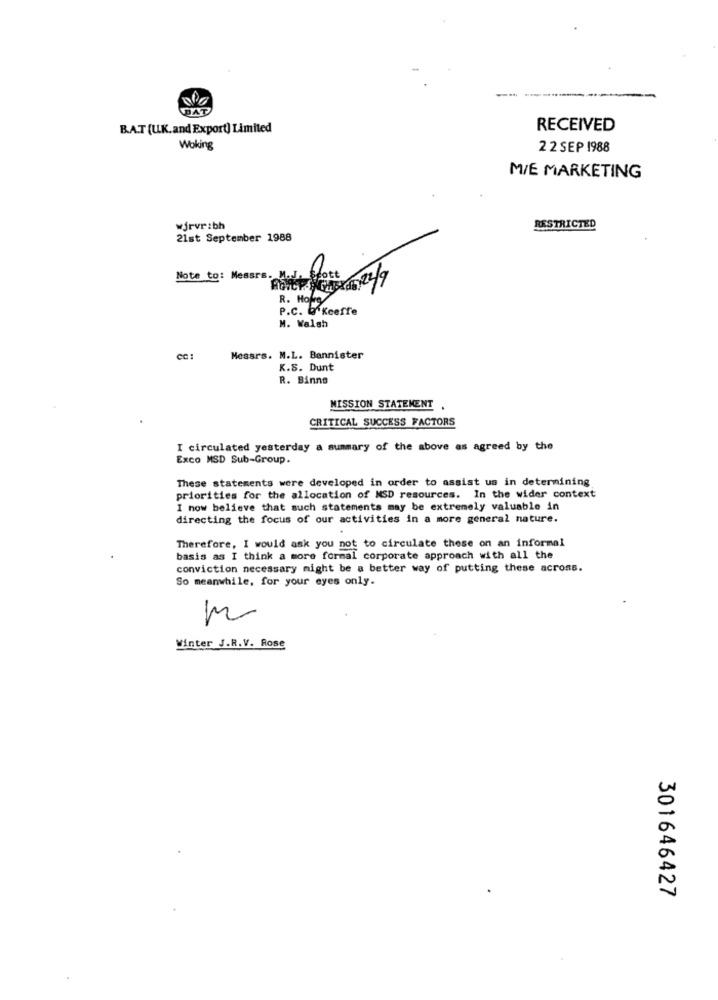
B.A.T (U.K.and Export) Limited
RECEIVED
Woking
2 2 SEP 1988
M/E MARKETING
wjrvr:bh
RESTRICTED
21st September 1988
Note to: Messrs. M.J.
WAGABY.6 249
Scott
R. Hope
P.C. O'keeffe
M. Walsh
Messrs. M.L. Bannister
K.S. Dunt
R. Binno
MISSION STATEMENT
CRITICAL SUCCESS FACTORS
I circulated yesterday a summary of the above as agreed by the
Exco MSD Sub-Group.
These statements were developed in order to assist us in determining
priorities for the allocation of NSD resources. In the wider context
I now believe that such statements may be extremely valuable in
directing the focus of our activities in a more general nature.
Therefore, I would ask you not to circulate these on an informal
basis as I think a more formal corporate approach with all the
conviction necessary might be a better way of putting these across.
So meanwhile, for your eyes only.
Winter J.R.V. Rose
301646427